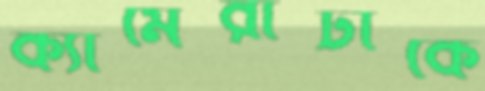
ক্যামেরাটাকে